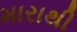
મારાથી